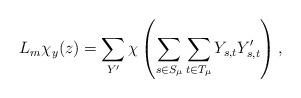
LaTeX: \begin{align*}L_m\chi_y(z) =\sum_{Y'}\chi\left( \sum_{s \in S_\mu}\sum_{t \in T_\mu} Y_{s,t}Y'_{s,t}\right),\end{align*}